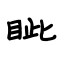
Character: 眦